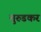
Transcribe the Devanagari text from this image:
मुरुडकर